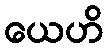
ယေဟိ